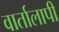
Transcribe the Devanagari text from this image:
वार्तालापी